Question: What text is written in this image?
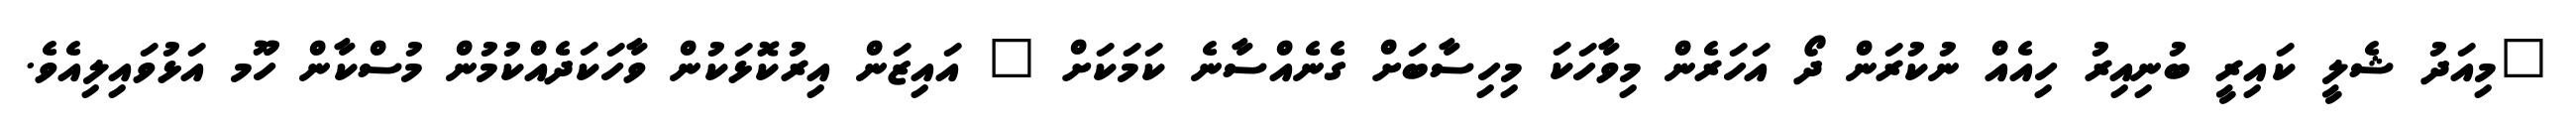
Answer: "މިއަދު ޝެލީ ކައިރީ ބުނިއިރު ހިއެއް ނުކުރަން ދޯ އަހަރެން މިވާހަކަ މިހިސާބަށް ގެނެއްސާނެ ކަމަކަށް " އައިޒަން އިރުކޮޅަކުން ވާހަކަދެއްކުމުން މުސްކާން ހޫމ އަޅުވައިލިއެވެ.